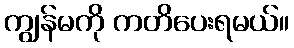
ကျွန်မကို ကတိပေးရမယ်။